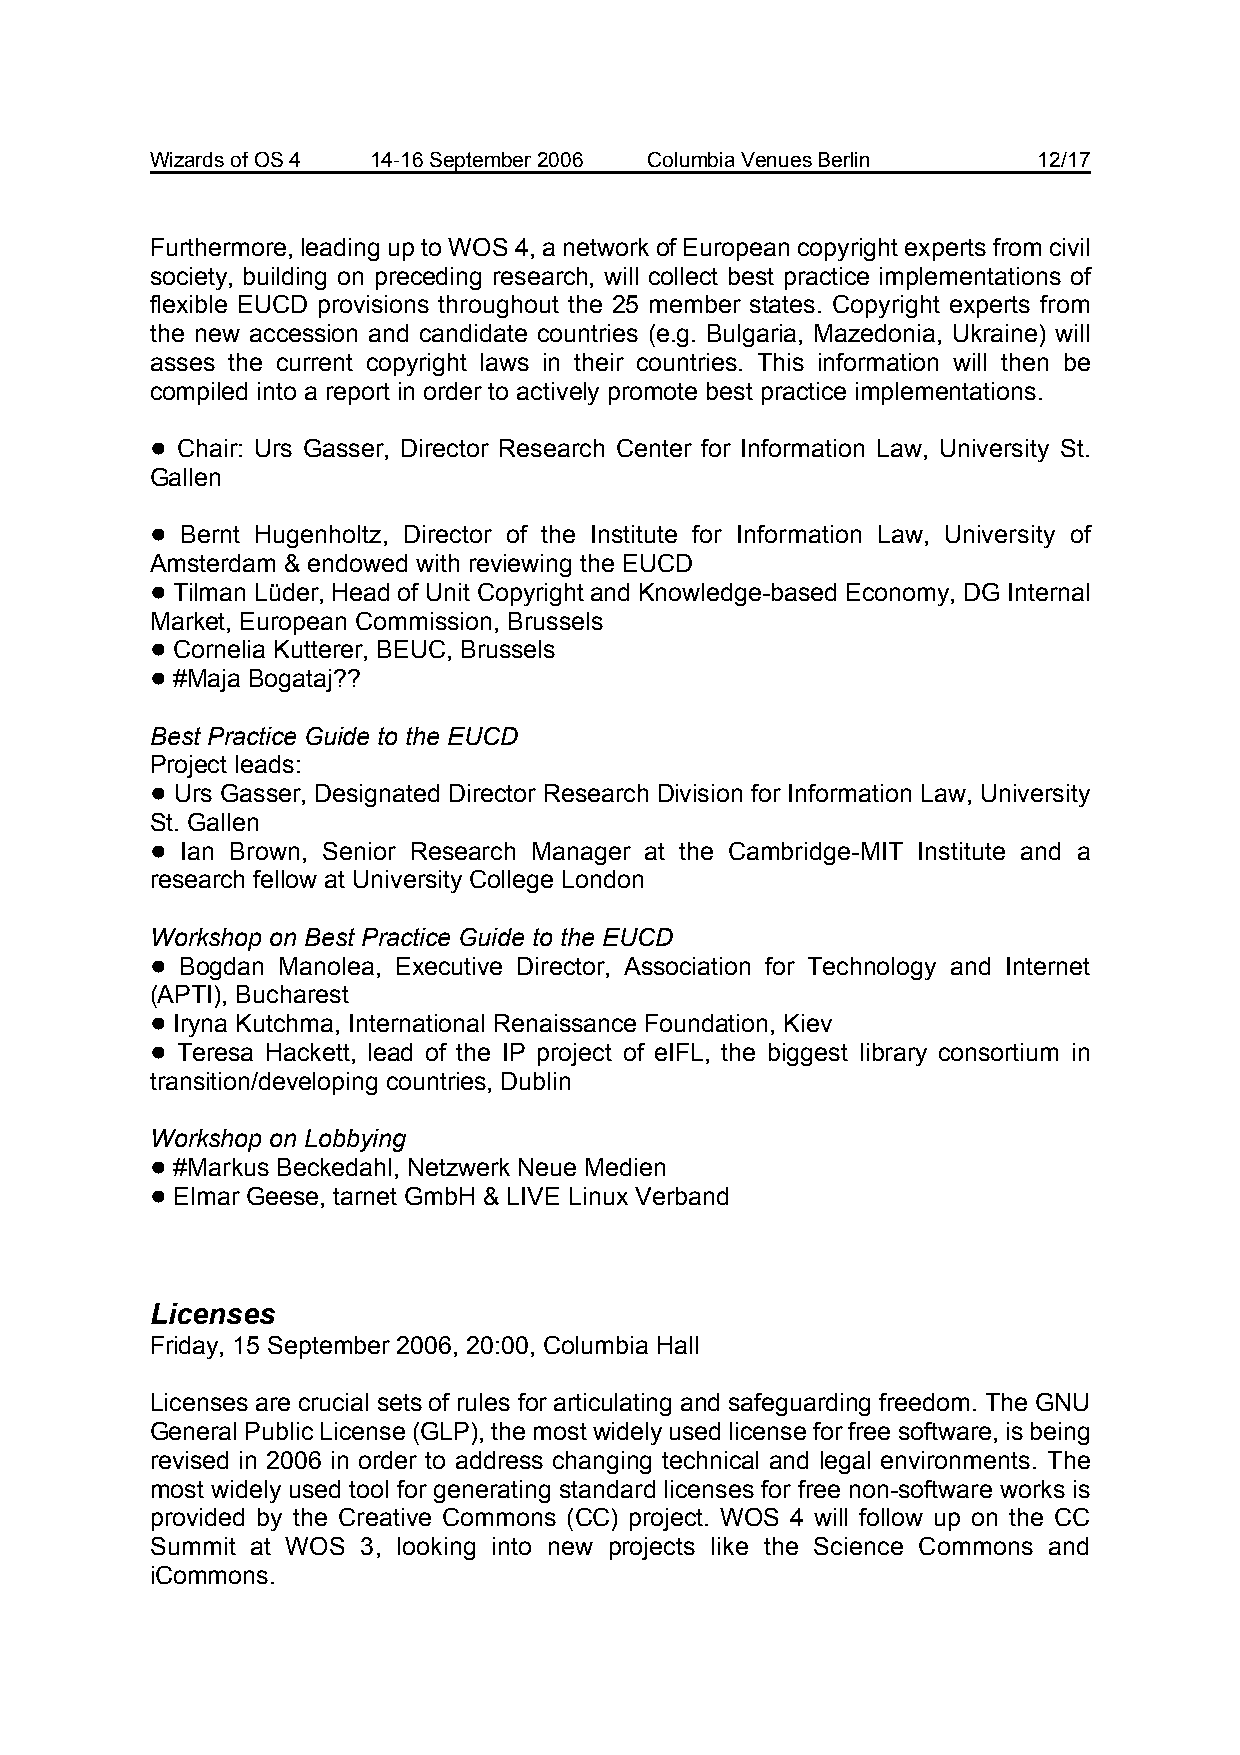
Wizards of OS 4 14-16 September 2006 Columbia Venues Berlin 12/17
 Furthermore, leading up to WOS 4, a network of European copyright experts from civil
 society, building on preceding research, will collect best practice implementations of
 flexible EUCD provisions throughout the 25 member states. Copyright experts from
 the new accession and candidate countries (e.g. Bulgaria, Mazedonia, Ukraine) will
 asses the current copyright laws in their countries. This information will then be
 compiled into a report in order to actively promote best practice implementations.
 ! Chair: Urs Gasser, Director Research Center for Information Law, University St.
 Gallen
 ! Bernt Hugenholtz, Director of the Institute for Information Law, University of
 Amsterdam & endowed with reviewing the EUCD
 ! Tilman Lüder, Head of Unit Copyright and Knowledge-based Economy, DG Internal
 Market, European Commission, Brussels
 ! Cornelia Kutterer, BEUC, Brussels
 ! #Maja Bogataj??
 Best Practice Guide to the EUCD
 Project leads:
 ! Urs Gasser, Designated Director Research Division for Information Law, University
 St. Gallen
 ! Ian Brown, Senior Research Manager at the Cambridge-MIT Institute and a
 research fellow at University College London
 Workshop on Best Practice Guide to the EUCD
 ! Bogdan Manolea, Executive Director, Association for Technology and Internet
 (APTI), Bucharest
 ! Iryna Kutchma, International Renaissance Foundation, Kiev
 ! Teresa Hackett, lead of the IP project of eIFL, the biggest library consortium in
 transition/developing countries, Dublin
 Workshop on Lobbying
 ! #Markus Beckedahl, Netzwerk Neue Medien
 ! Elmar Geese, tarnet GmbH & LIVE Linux Verband
 Licenses
 Friday, 15 September 2006, 20:00, Columbia Hall
 Licenses are crucial sets of rules for articulating and safeguarding freedom. The GNU
 General Public License (GLP), the most widely used license for free software, is being
 revised in 2006 in order to address changing technical and legal environments. The
 most widely used tool for generating standard licenses for free non-software works is
 provided by the Creative Commons (CC) project. WOS 4 will follow up on the CC
 Summit at WOS 3, looking into new projects like the Science Commons and
 iCommons.